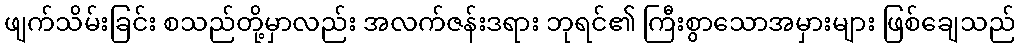
ဖျက်သိမ်းခြင်း စသည်တို့မှာလည်း အလက်ဇန်းဒရား ဘုရင်၏ ကြီးစွာသောအမှားများ ဖြစ်ချေသည်